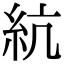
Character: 䋁